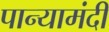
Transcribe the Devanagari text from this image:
पान्यामंदी